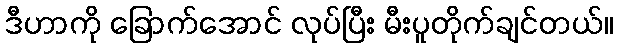
ဒီဟာကို ခြောက်အောင် လုပ်ပြီး မီးပူတိုက်ချင်တယ်။